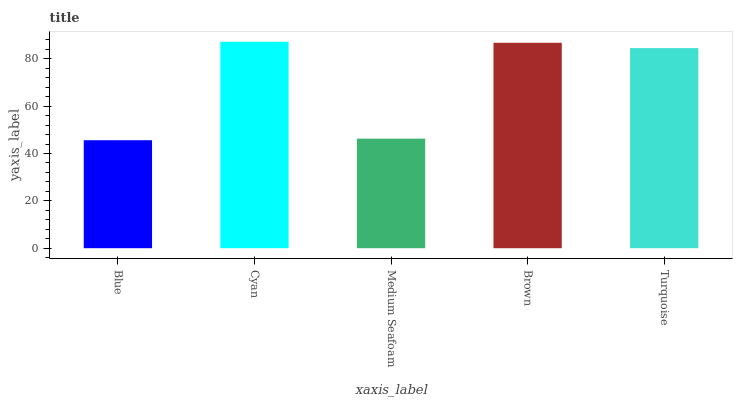
| xaxis_label | bars |
 | --- | --- |
 | Blue | 45.6 |
 | Cyan | 87.2 |
 | Medium Seafoam | 46.3 |
 | Brown | 86.8 |
 | Turquoise | 84.5 |